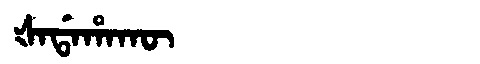
Manchu: ᡧᠠᡩᠠᡥᠠᡴᡡ
Romanization: ŠADAHAKŪ